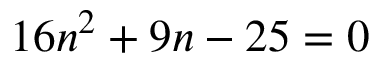
1 6 n ^ { 2 } + 9 n - 2 5 = 0